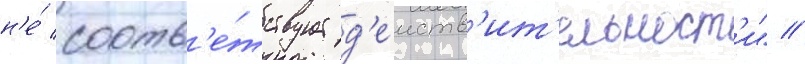
н'е́ соотв'е́тствует д'еиств'ит'ельност'и" //